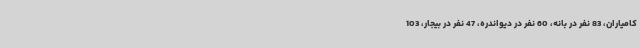
کامیاران، 83 نفر در بانه، 60 نفر در دیواندره، 47 نفر در بیجار، 103